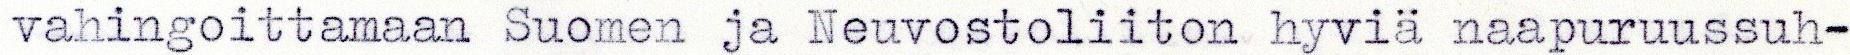
vahingoittamaan Suomen ja Neuvostoliiton hyviä naapuruussuh-